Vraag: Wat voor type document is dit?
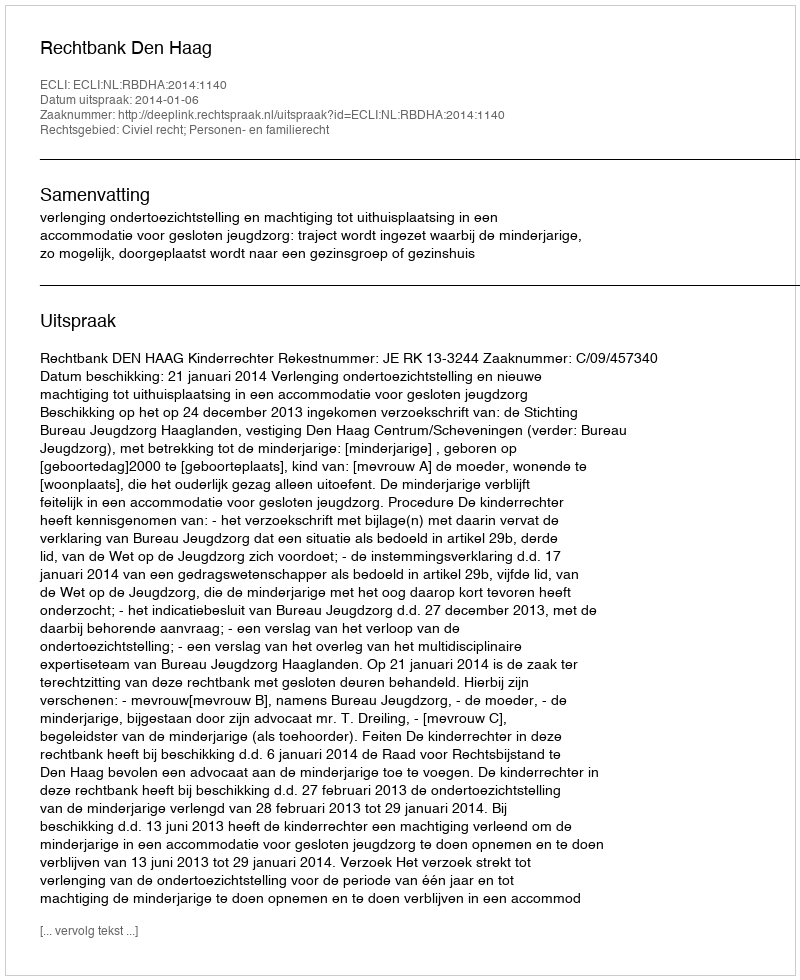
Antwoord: Uitspraak